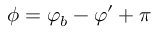
\phi = \varphi _ { b } - \varphi ^ { \prime } + \pi